Vaccination United Provinces of Agra and Oudh 1923-1928 - 1923-1928
Year: 1923
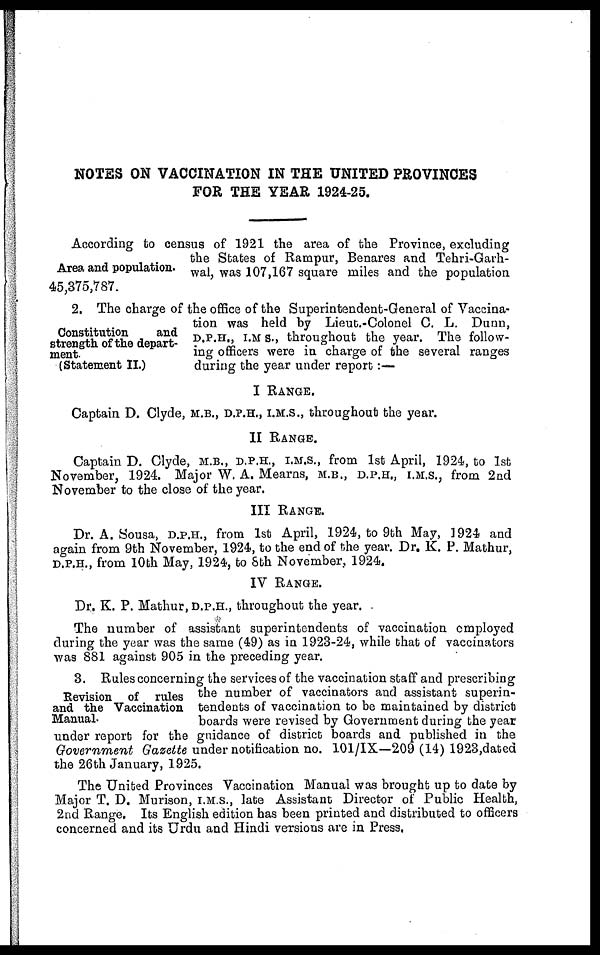
NOTES ON VACCINATION IN THE UNITED PROVINCES
FOR THE YEAR 1924-25.
Area and population.
According to census of 1921 the area of the Province, excluding
the States of Rampur, Benares and Tehri-Garh-
wal, was 107,167 square miles and the population
45,375,787.
Constitution
and
strength of the depart-
ment.
(Statement II.)
2. The charge of the office of the Superintendent-General of Vaccina-
tion was held by Lieut.-Colonel C. L. Dunn,
D.P.H., I.M S., throughout the year. The follow-
ing officers were in charge of the several ranges
during the year under report :—
I RANGE.
Captain D. Clyde, M.B., D.P.H., I.M.S., throughout the year.
II RANGE.
Captain D. Clyde, M.B., D.P.H., I.M.S., from 1st April, 1924, to 1st
November, 1924. Major W. A. Mearns, M.B., D.P.H., I.M.S., from 2nd
November to the close of the year.
III RANGE.
Dr. A. Sousa, D.P.H., from 1st April, 1924, to 9th May, 1924 and
again from 9th November, 1924, to the end of the year. Dr. K. P. Mathur,
D.P.H., from 10th May, 1924, to 8th November, 1924.
IV RANGE.
Dr. K. P. Mathur, D.P.H., throughout the year.
The number of assistant superintendents of vaccination employed
during the year was the same (49) as in 1923-24, while that of vaccinators
was 881 against 905 in the preceding year.
Revision of rules
and the Vaccination
Manual.
3. Rules concerning the services of the vaccination staff and prescribing
the number of vaccinators and assistant superin-
tendents of vaccination to be maintained by district
boards were revised by Government during the year
under report for the guidance of district boards and published in the
Government Gazette under notification no. 101/IX—209 (14) 1923,dated
the 26th January, 1925.
The United Provinces Vaccination Manual was brought up to date by
Major T. D. Murison, I.M.S., late Assistant Director of Public Health,
2nd Range. Its English edition has been printed and distributed to officers
concerned and its Urdu and Hindi versions are in Press.